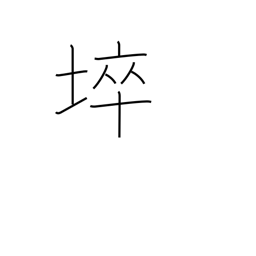
Meaning: barren land